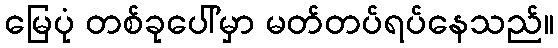
မြေပုံ တစ်ခုပေါ်မှာ မတ်တပ်ရပ်နေသည်။